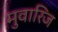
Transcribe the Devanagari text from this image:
मुवारिज